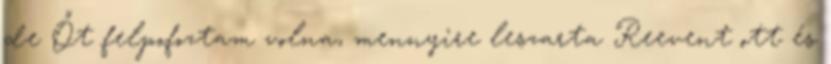
de Őt felpofoztam volna, mennyire leszarta Reevent ott és